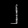
Digit: ၂